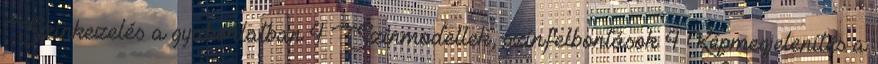
Színkezelés a gyakorlatban 4 Színmodellek, színfelbontások 4 Képmegjelenítés a